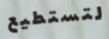
لتستطيع